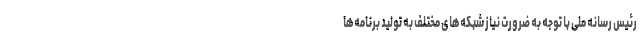
رئیس رسانه ملی با توجه به ضرورت نیاز شبکه‌های مختلف به تولید برنامه‌ها